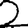
Digit: 2